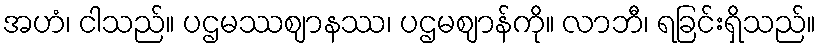
အဟံ၊ ငါသည်။ ပဌမဿဈာနဿ၊ ပဌမဈာန်ကို။ လာဘီ၊ ရခြင်းရှိသည်။